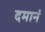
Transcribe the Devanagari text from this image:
दमानं